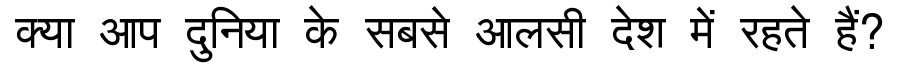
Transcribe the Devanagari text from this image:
क्या आप दुनिया के सबसे आलसी देश में रहते हैं?